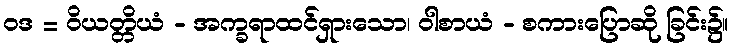
ဝဒ = ဝိယတ္တိယံ - အက္ခရာထင်ရှားသော၊ ဝါစာယံ - စကားပြောဆို ခြင်း၌။